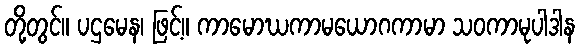
တို့တွင်။ ပဌမေန၊ ဖြင့်။ ကာမောဃကာမယောဂကာမာ သဝကာမုပါဒါန